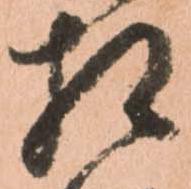
相